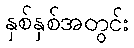
နှစ်နှစ်အတွင်း